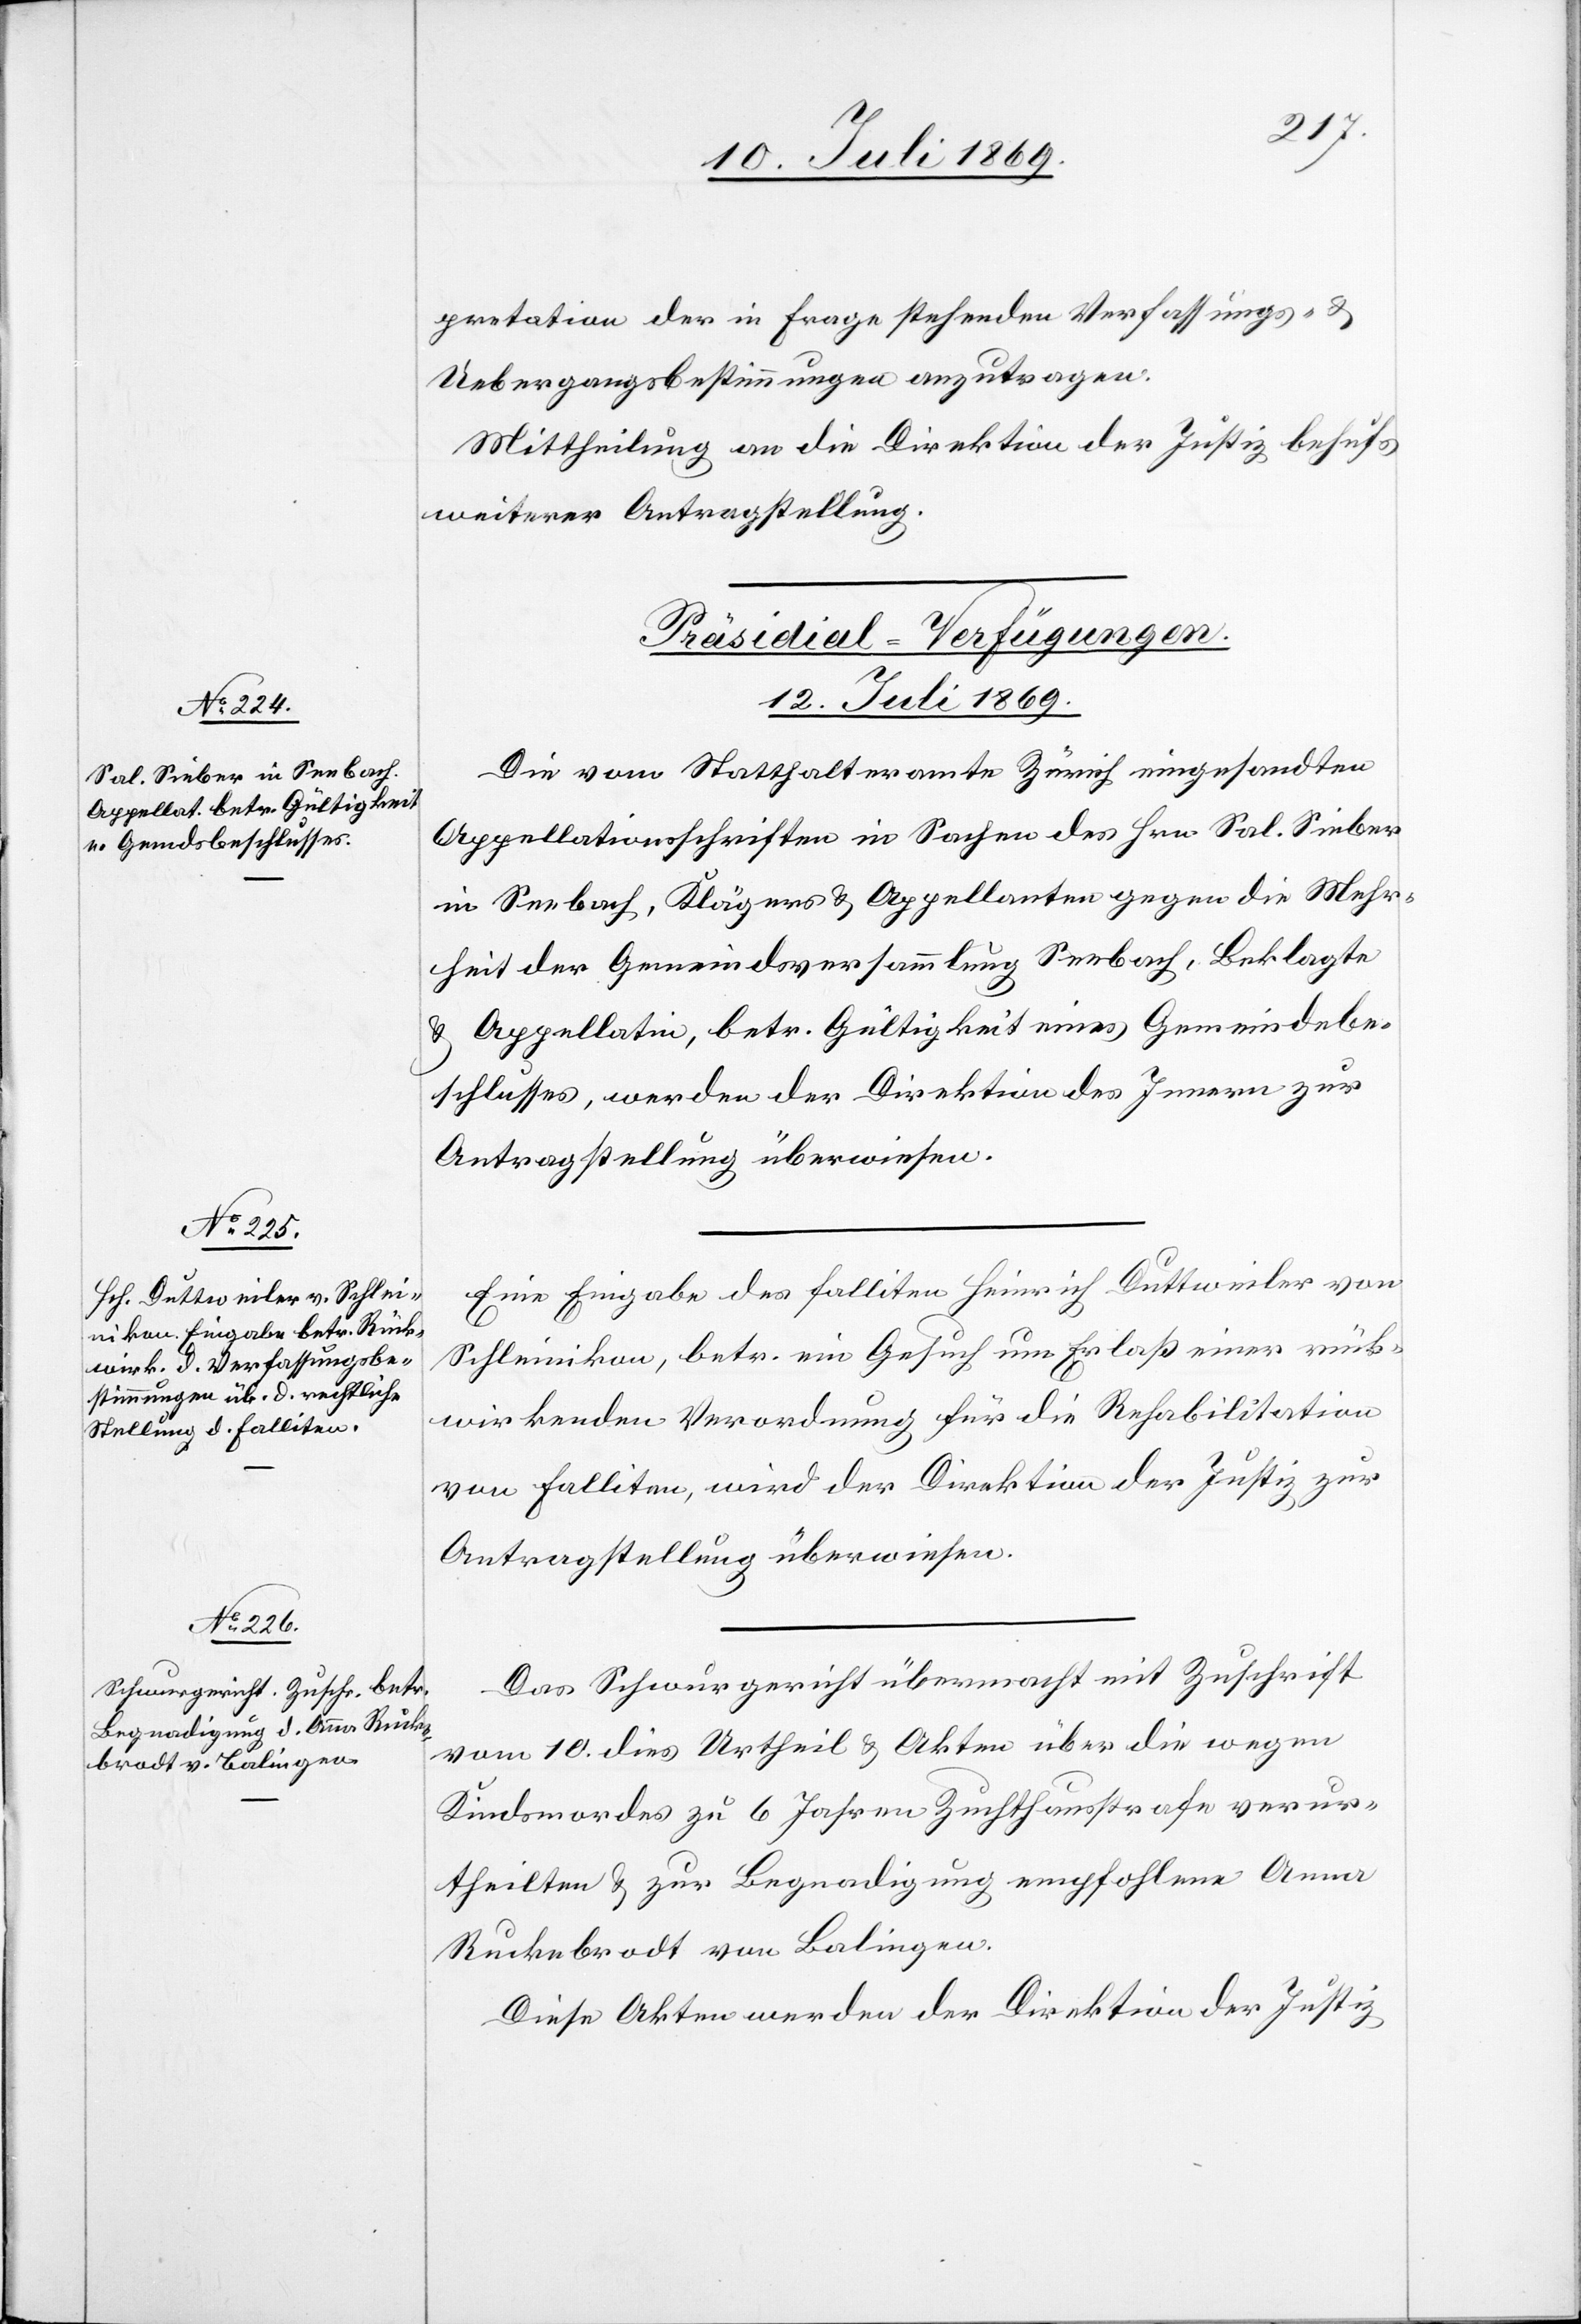
[Präsidial-Verfügungen.
12. Juli 1869.]
Die vom Statthalteramte Zürich eingesandten
Appellationsschriften in Sachen des Hrn. Sal. Sieber
in Seebach, Klägers u. Appellanten gegen die Mehr¬
heit der Gemeindsversammlung Seebach, Beklagte
u. Appellatin, betr. Gültigkeit eines Gemeindsbe¬
schlusses, werden der Direktion des Innern zur
Antragstellung überwiesen.
Eine Eingabe des Falliten Heinrich Duttweiler von
Schleinikon, betr. ein Gesuch um Erlaß einer rück¬
wirkenden Verordnung für die Rehabilitation
von Falliten, wird der Direktion der Justiz zur
Antragstellung überwiesen.
Das Schwurgericht übermacht mit Zuschrift
vom 10. dies Urtheil u. Akten über die wegen
Kindsmordes zu 6 Jahren Zuchthausstrafe verur¬
theilten u. zur Begnadigung empfohlenen Anna
Ruckebrodt von Balingen.
Diese Akten werden der Direktion der Justiz